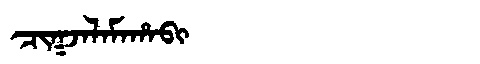
Manchu: ᠴᡳᡴᠵᠠᠯᠠᠮᠠᡥᠠᠪᡳ
Romanization: CIKJALAMAHABI